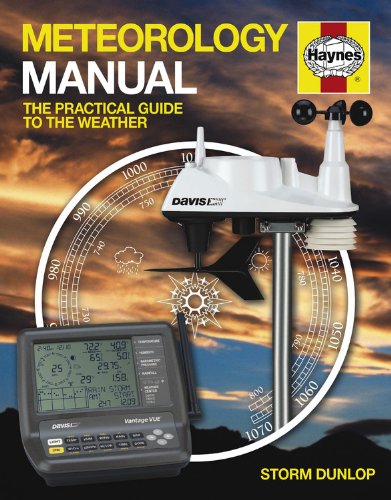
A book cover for Meteorology Manual: The Practical Guide to the Weather; Storm Dunlop; Science & Math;